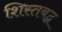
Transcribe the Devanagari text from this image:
शिस्तबद्घ